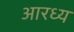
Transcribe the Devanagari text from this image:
आरध्य